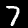
Digit: 7